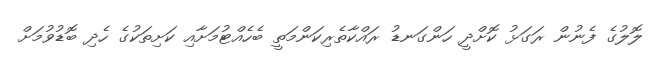
ލޮލުގެ ފެނުން ރަގަޅު ކޮށްދީ ހަންގަނޑު ރައްކާތެރިކަންމަތީ ބެހެއްޓުމަށާއި ކަށިތަކުގެ ހެދި ބޮޑުވުމަށް